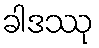
ခါဒဿု